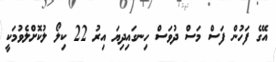
އޭގެ ފަހުން ފަސް މަސް ދުވަސް ހިނގައިދިޔަ އިރު 22 ކިލޯ ލުކޮށްލެވުމަކީ